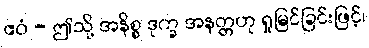
ဧဝံ - ဤသို့ အနိစ္စ ဒုက္ခ အနတ္တဟု ရှုမြင်ခြင်းဖြင့်၊